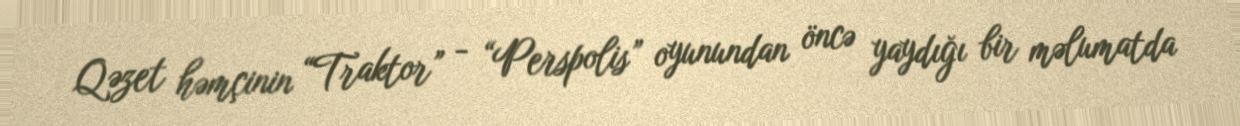
Qəzet həmçinin “Traktor” - “Perspolis” oyunundan öncə yaydığı bir məlumatda